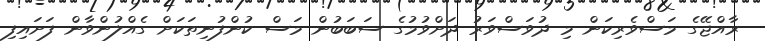
ރާއްޖޭގެ މަސްވެރިކަން މި ދުވަސްވަރު ދަށްވުމުގެ ސަބަބުން މަސް ކުންފުނިތަކަށް ގެއްލުންވާން ފަށައިފި